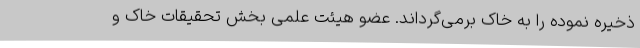
ذخیره نموده را به خاک برمی‌گرداند. عضو هیئت علمی بخش تحقیقات خاک و